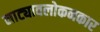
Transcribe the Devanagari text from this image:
नाट्यावलोकनकार